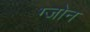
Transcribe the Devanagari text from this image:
ग्जोन